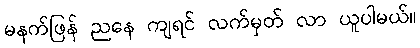
မနက်ဖြန် ညနေ ကျရင် လက်မှတ် လာ ယူပါမယ်။